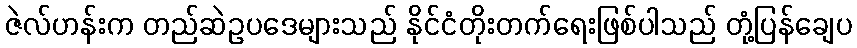
ဇဲလ်ဟန်းက တည်ဆဲဥပဒေများသည် နိုင်ငံတိုးတက်ရေးဖြစ်ပါသည် တုံ့ပြန်ချေပ